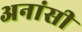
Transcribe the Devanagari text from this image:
अनांसी